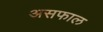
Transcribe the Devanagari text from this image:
असफाल